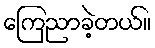
ကြေညာခဲ့တယ်။